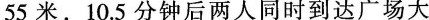
55米，10.5分钟后两人同时到达广场大